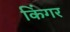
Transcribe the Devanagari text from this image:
किंगर